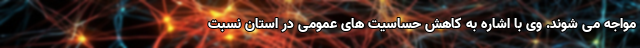
مواجه می شوند. وی با اشاره به کاهش حساسیت های عمومی در استان نسبت